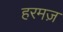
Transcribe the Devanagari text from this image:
हरमज़